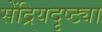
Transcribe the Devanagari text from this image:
सेंद्रियदृष्ट्या